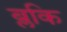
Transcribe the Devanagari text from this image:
ब्लकि